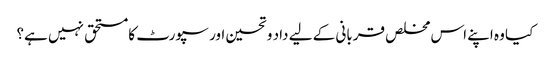
کیا وہ اپنے اس مخلص قربانی کے لیے داد و تحسین اور سپورٹ کا مستحق نہیں ہے؟